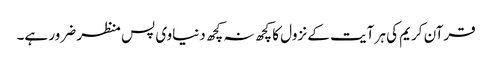
قرآن کریم کی ہر آیت کے نزول کا کچھ نہ کچھ دنیاوی پس منظر ضرور ہے۔